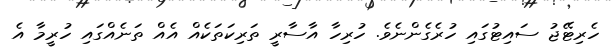
ހެރިޓޭޖު ސައިޓުގައި ހުރެގެންނެވެ. ހުރިހާ އާސާރީ ތަރިކަތަކެއް އެއް ތަނެއްގައި ހުރީމާ އެ